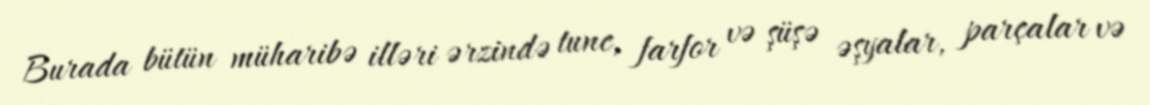
Burada bütün müharibə illəri ərzində tunc, farfor və şüşə əşyalar, parçalar və